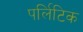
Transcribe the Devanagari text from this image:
पर्लिटिक